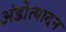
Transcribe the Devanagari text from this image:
अंडोत्पादन